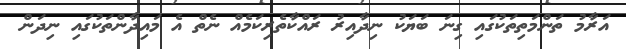
އަރާމު ތަންމަތިތަކުގައި ގިނަ ބަޔަކު ނިދާއިރު ރައްކާތެރިކަމެއް ނެތް އެ މައިދާންތަކުގައި ނިދަން